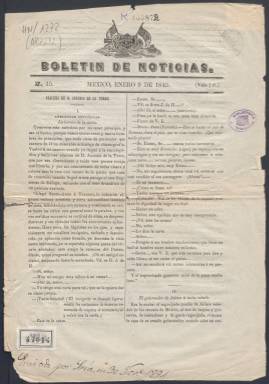
Título: Boletín de noticias (México)
Colección: Periódicos anteriores a 1850
Ámbito geográfico: México
Lugar de publicación: México
Fechas: 09/01/1845-09/01/1845